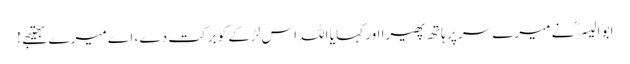
ابو الیسرؓ نے میرے سر پر ہاتھ پھیرا اور کہا یا اللہ اس لڑکے کو برکت دے ، اے میرے بھتیجے !